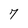
Character: 7